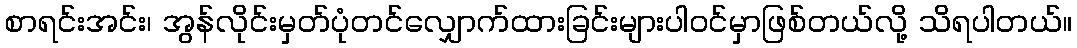
စာရင်းအင်း၊ အွန်လိုင်းမှတ်ပုံတင်လျှောက်ထားခြင်းများပါဝင်မှာဖြစ်တယ်လို့ သိရပါတယ်။